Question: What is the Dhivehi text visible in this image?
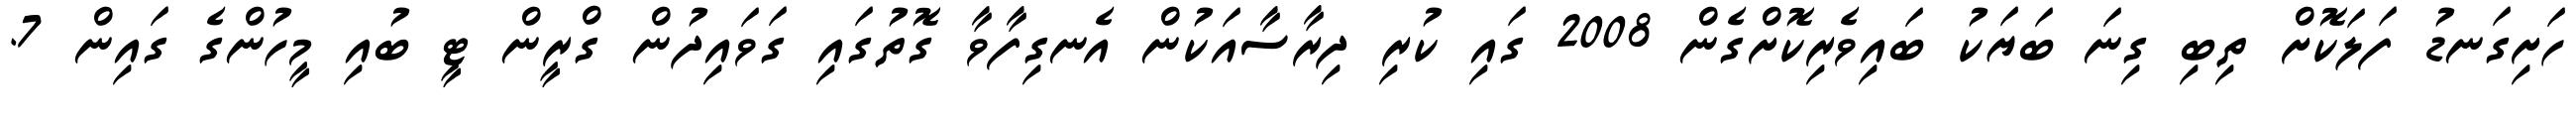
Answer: ހަށިގަނޑު ފަލަކޮށް ތިބި ގިނަ ބަޔަކު ބައިވެރިކޮށްގެން 2008 ގައި ކުރި ދިރާސާއަކުން އެނގިފާވާ ގޮތުގައި ގަވައިދުން ގްރީން ޓީ ބުއި މީހުންގެ ގައިން 7.